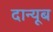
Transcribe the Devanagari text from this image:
दान्यूब